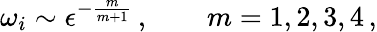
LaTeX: \omega_{i}\sim\epsilon^{-\frac{m}{m+1}}\, ,\qquad m=1,2,3,4\, ,